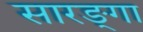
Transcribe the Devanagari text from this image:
सारङ्गा